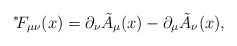
\begin{align*}{}^*\!F_{\mu\nu}(x) = \partial_\nu \tilde{A}_\mu(x) - \partial_\mu \tilde{A}_\nu(x),\end{align*}